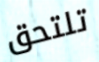
تلتحق